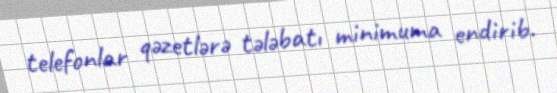
telefonlar qəzetlərə tələbatı minimuma endirib.